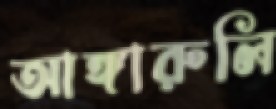
আঙ্গারুলি